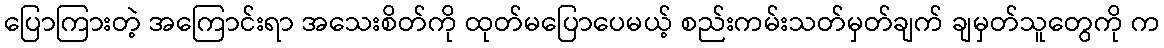
ပြောကြားတဲ့ အကြောင်းရာ အသေးစိတ်ကို ထုတ်မပြောပေမယ့် စည်းကမ်းသတ်မှတ်ချက် ချမှတ်သူတွေကို က